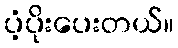
ပံ့ပိုးပေးတယ်။